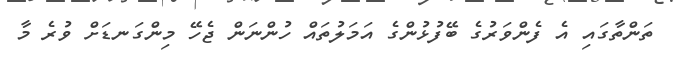
ތަންތާގައި އެ ފެންވަރުގެ ބޭފުޅުންގެ އަމަލުތައް ހުންނަން ޖެހޭ މިންގަނޑަށް ވުރެ މާ